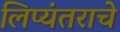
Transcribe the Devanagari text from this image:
लिप्यंतराचे